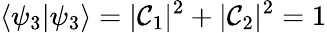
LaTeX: \left\langle\psi_{3}|\psi_{3}\right\rangle=|\mathcal{C}_{1}|^{2}+|\mathcal{C}_{2}|^{2}=1